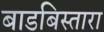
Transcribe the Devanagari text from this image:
बाडबिस्तारा